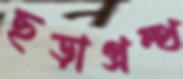
ছড়াগ্রন্থ